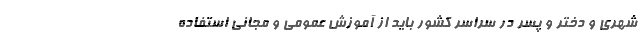
شهری و دختر و پسر در سراسر کشور باید از آموزش عمومی و مجانی استفاده